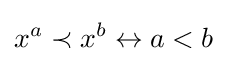
x^{a}\prec x^{b}\leftrightarrow a<b